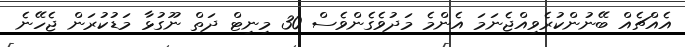
އެއްޗެއް ބޭނުންކުރެވިއްޖެނަމަ އެންމެ މަދުވެގެންވެސް 30 މިނިޓް ދަތް ނޫގުޅާ މަޑުކުރަން ޖެހޭނެ